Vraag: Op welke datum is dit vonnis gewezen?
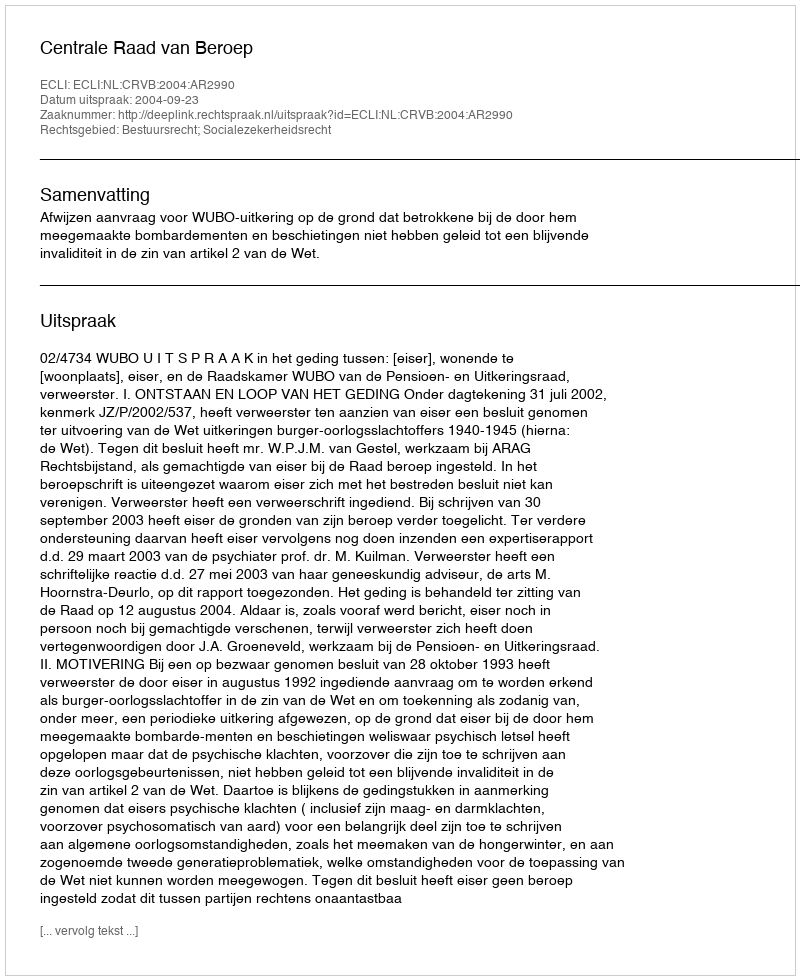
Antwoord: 2004-09-23